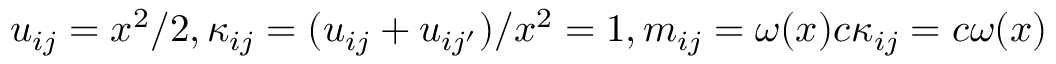
u _ { i j } = x ^ { 2 } / 2 , \kappa _ { i j } = ( u _ { i j } + u _ { i j ^ { \prime } } ) / x ^ { 2 } = 1 , m _ { i j } = \omega ( x ) c \kappa _ { i j } = c \omega ( x )